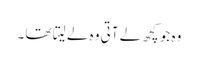
وہ جو کچھ لے آتی وہ لے لیتا تھا ۔